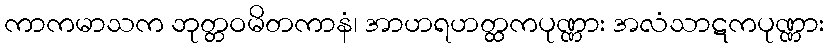
ကာကမာသက ဘုတ္တဝမိတကာနံ၊ အာဟရဟတ္ထကပုဏ္ဏား အလံသာဋကပုဏ္ဏား